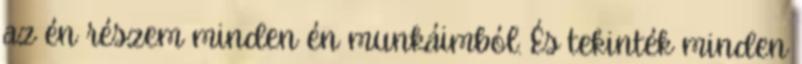
az én részem minden én munkáimból. És tekinték minden